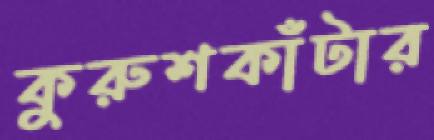
কুরুশকাঁটার